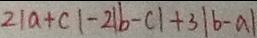
2 \vert a + c \vert - 2 \vert b - c \vert + 3 \vert b - a \vert